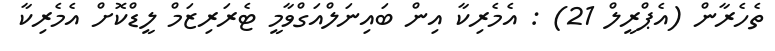
ތެހެރާން (އެޕްރީލް 21) : އެމެރިކާ އިން ބައިނަލްއަގްވާމީ ޓެރަރިޒަމް ލީޑްކޮށް އެމެރިކާ